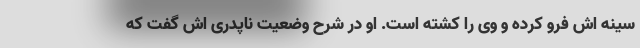
سینه اش فرو کرده و وی را کشته است. او در شرح وضعیت ناپدری اش گفت که